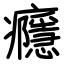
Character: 癮